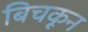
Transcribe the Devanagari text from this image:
बिचकून